Report of the Hyderabad Chloroform Commission
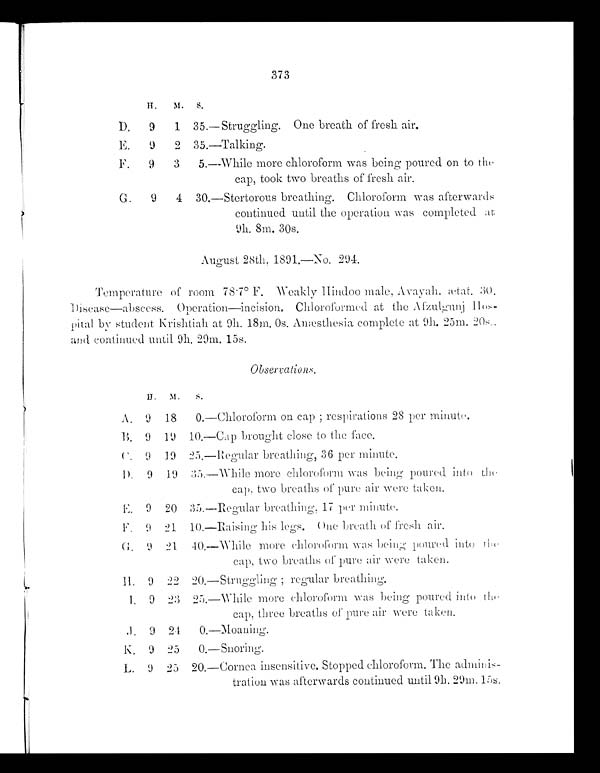
373
H.
M.
S.
D.
9
1
3 5 .
—Struggling. One breath of fresh air.
E.
9
2
3 5 .
—Talking.
F.
9
3
5.
—Whi l e more chl oroform was bei ng poured on t o t he
cap, took two breaths of fresh air.
G.
9
4
3 0 .
—Stertorous breathing. Chloroform was afterwards
continued until the operation was completed at
9h. 8m. 30s.
August 28th, 1891.—No. 294.
Temperature of room 78.7° F. Weakly Hindoo male, Avayah. ætat. 30.
Disease—abscess. Operation—incision, Chloroformed at the
Afzulgunj Hos-
pital by student Krishtiah at 9h. 18m. Os. Anæsthesia complete at 9h. 25m. 20s.
and continued until 9h. 29m. 15s.
Observations.
H.
M.
s.
A.
9
18
0.
—Chloroform on cap; respirations 28 per minute.
B.
9
19
1 0 .
—Cap brought close to the face.
C.
9
19
2 5 .
—Regular breathing, 36 per minute.
D.
9
19
3 5 .
—Whi l e more chl oroform was bei ng poured i nt o t he
cap, two breaths of pure air were taken.
E.
9
20
3 5 .
—Regular breathing, 17 per minute.
F.
9
2 1
10. —Raising his legs .
One breath of fresh air.
G.
9
21
4 0 .
—Whi l e more chl oroform was bei ng poured i nt o t he
cap, two breaths of pure air were taken.
H.
9
22
2 0 . —Struggling; regular breathing.
I.
9
23
2 5 .
—Whi l e more chl oroform was bei ng poured i nt o t he
cap, three breaths of pure air were taken.
J.
9
24
0. —Moaning.
K.
9
25
0. —Snoring.
L.
9
25
20.
— C o r n e a i n s e n s i t i v e . S t o p p e d c h l o r o f o r m . T h e a d m i n i s
-
tration was afterwards continued until 9h. 29m. 15s.